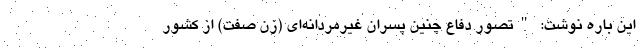
این باره نوشت: "تصور دفاع چنین پسران غیرمردانه‌ای (زن صفت) از کشور